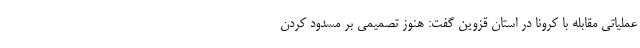
عملیاتی مقابله با کرونا در استان قزوین گفت: هنوز تصمیمی بر مسدود کردن